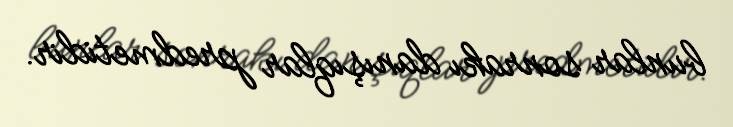
bunlar sonrakı danışıqlar predmetidir.